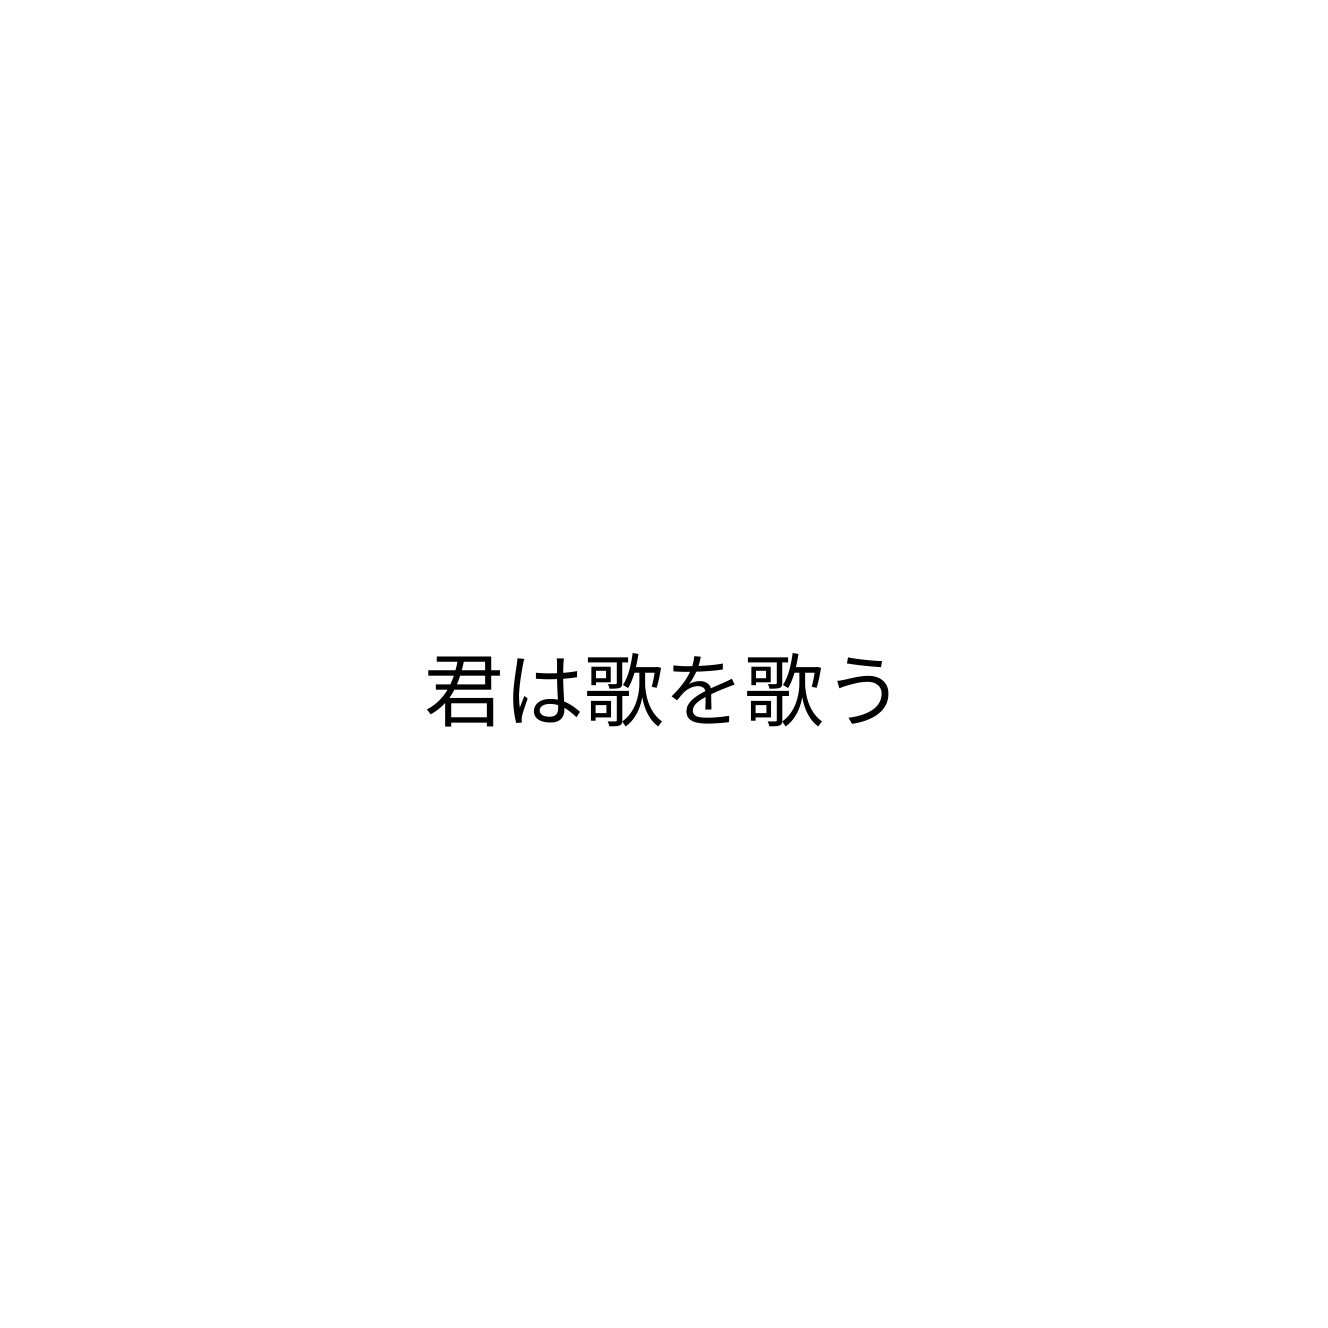
君は歌を歌う